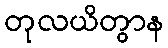
တုလယိတွာန